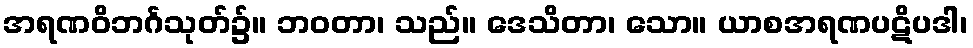
အရဏဝိဘင်္ဂသုတ်၌။ ဘဝတာ၊ သည်။ ဒေသိတာ၊ သော။ ယာစအရဏပဋိပဒါ၊